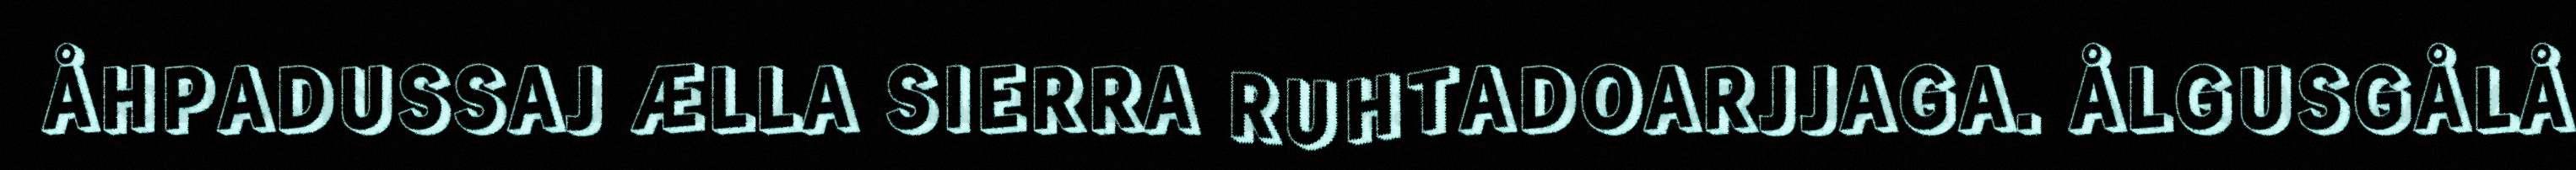
ÅHPADUSSAJ ÆLLA SIERRA RUHTADOARJJAGA. ÅLGUSGÅLÅ